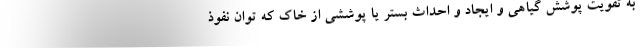
به تقویت پوشش گیاهی و ایجاد و احداث بستر یا پوششی از خاک که توان نفوذ